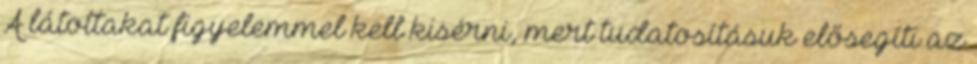
A látottakat figyelemmel kell kisérni, mert tudatosításuk elősegíti az